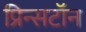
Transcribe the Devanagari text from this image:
प्रिन्सटॉन